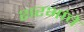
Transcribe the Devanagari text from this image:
शरभांचे